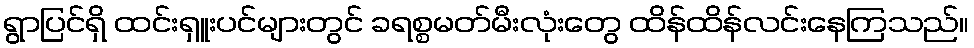
ရွာပြင်ရှိ ထင်းရှူးပင်များတွင် ခရစ္စမတ်မီးလုံးတွေ ထိန်ထိန်လင်းနေကြသည်။